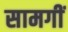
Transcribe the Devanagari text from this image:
सामगीं